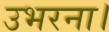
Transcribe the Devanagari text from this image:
उभरना।